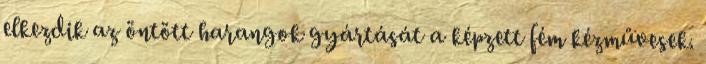
elkezdik az öntött harangok gyártását a képzett fém kézművesek.